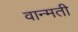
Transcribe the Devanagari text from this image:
वान्मती